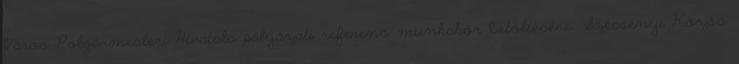
Város Polgármesteri Hivatala pályázati referens munkakör betöltésére. Szécsényi Közös